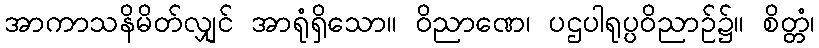
အာကာသနိမိတ်လျှင် အာရုံရှိသော။ ဝိညာဏေ၊ ပဌပါရုပ္ပဝိညာဉ်၌။ စိတ္တံ၊